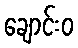
ချောင်းဝ